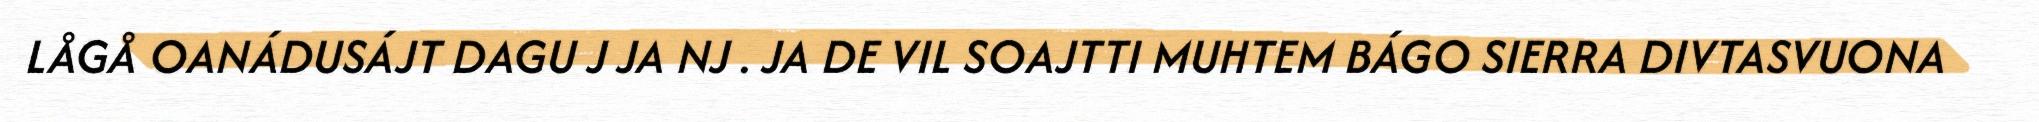
LÅGÅ OANÁDUSÁJT DAGU J JA NJ . JA DE VIL SOAJTTI MUHTEM BÁGO SIERRA DIVTASVUONA